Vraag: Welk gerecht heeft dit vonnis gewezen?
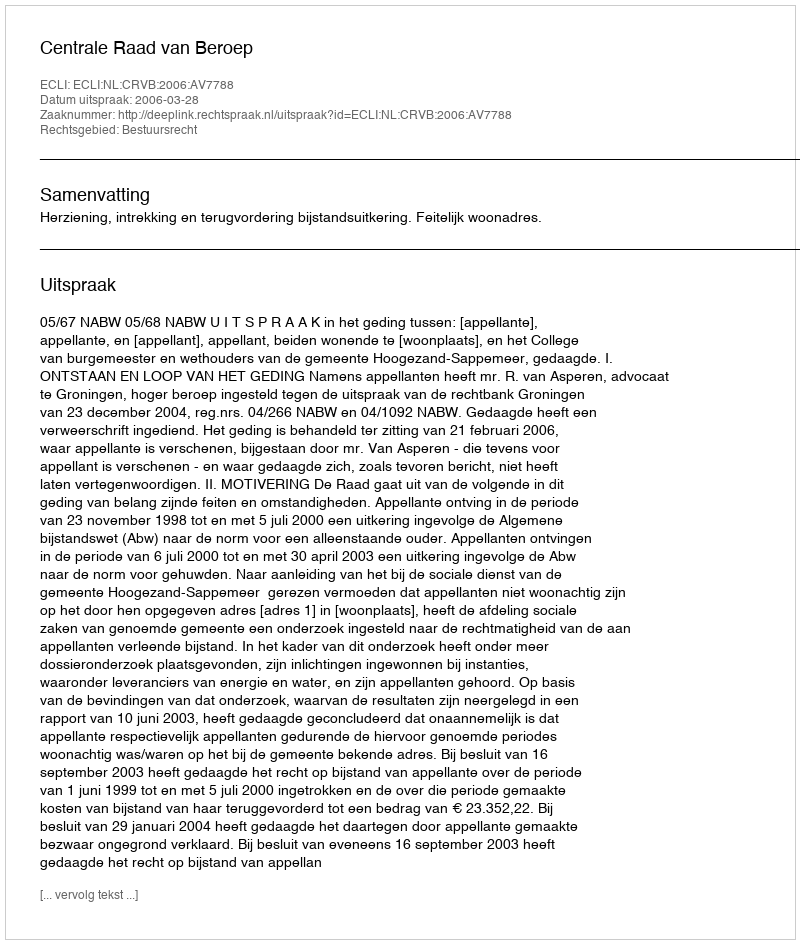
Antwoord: Centrale Raad van Beroep